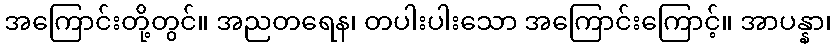
အကြောင်းတို့တွင်။ အညတရေန၊ တပါးပါးသော အကြောင်းကြောင့်။ အာပန္နာ၊